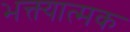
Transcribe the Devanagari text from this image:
भक्त्यात्मक